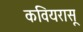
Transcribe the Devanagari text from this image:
कवियरासू